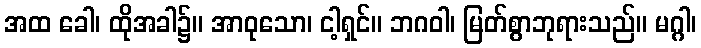
အထ ခေါ၊ ထိုအခါ၌။ အာဝုသော၊ ငါ့ရှင်။ ဘဂဝါ၊ မြတ်စွာဘုရားသည်။ မဂ္ဂါ၊